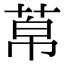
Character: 𦰬